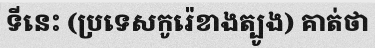
ទីនេះ (ប្រទេសកូរ៉េខាងត្បូង) គាត់ថា